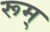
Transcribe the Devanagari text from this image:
रूम्